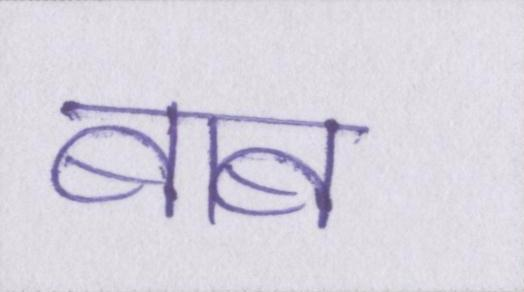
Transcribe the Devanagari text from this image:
बाब